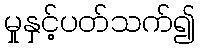
မှုနှင့်ပတ်သက်၍